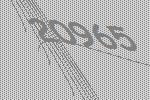
20965